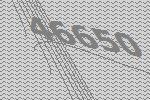
46650